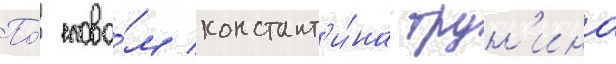
По́ слова́м констант'и́на трун'ина